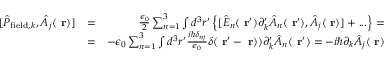
\begin{array} { r l r } { [ \hat { P } _ { \mathrm { f i e l d } , k } , \hat { A } _ { j } ( \mathrm { \bf ~ r } ) ] } & { = } & { \frac { \epsilon _ { 0 } } { 2 } \sum _ { n = 1 } ^ { 3 } \int d ^ { 3 } r ^ { \prime } \left\{ [ \hat { E } _ { n } ( \mathrm { \bf ~ r } ^ { \prime } ) \partial _ { k } ^ { \prime } \hat { A } _ { n } ( \mathrm { \bf ~ r } ^ { \prime } ) , \hat { A } _ { j } ( \mathrm { \bf ~ r } ) ] + . . . \right\} = } \\ & { = } & { - \epsilon _ { 0 } \sum _ { n = 1 } ^ { 3 } \int d ^ { 3 } r ^ { \prime } \frac { i \hbar \delta _ { n j } } { \epsilon _ { 0 } } \delta ( \mathrm { \bf ~ r } ^ { \prime } - \mathrm { \bf ~ r } ) ) \partial _ { k } ^ { \prime } \hat { A } _ { n } ( \mathrm { \bf ~ r } ^ { \prime } ) = - i \hbar \partial _ { k } \hat { A } _ { j } ( \mathrm { \bf ~ r } ) } \end{array}